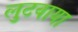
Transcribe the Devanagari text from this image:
लुटवाया